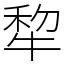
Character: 犂